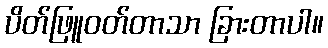
ပိတ်ဖြူဝတ်တာသာ ခြားတာပါ။